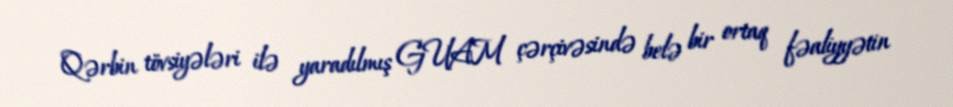
Qərbin tövsiyələri ilə yaradılmış GUAM çərçivəsində belə bir ortaq fəaliyyətin